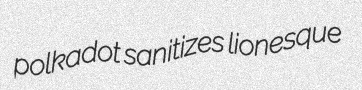
polkadot sanitizes lionesque